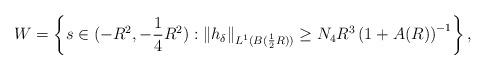
LaTeX: \begin{align*}W=\left\{s\in(-R^2,-\frac{1}{4} R^2):\|h_{\delta}\|_{L^{1}(B(\frac{1}{2} R))}\geq N_{4} R^3\left(1+A(R)\right)^{-1}\right\},\end{align*}